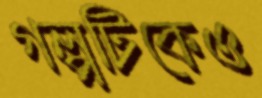
গল্পটিকেও